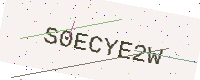
Text: S0ECYE2W